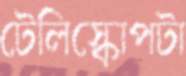
টেলিস্কোপটা